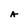
Character: A